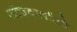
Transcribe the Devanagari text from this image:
जांचकर्ताओ